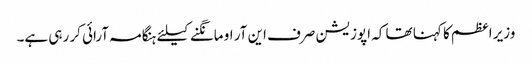
وزیر اعظم کا کہنا تھا کہ اپوزیشن صرف این آر او مانگنے کیلئے ہنگامہ آرائی کر رہی ہے۔